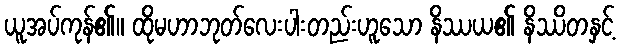
ယူအပ်ကုန်၏။ ထိုမဟာဘုတ်လေးပါးတည်းဟူသော နိဿယ၏ နိဿိတနှင့်